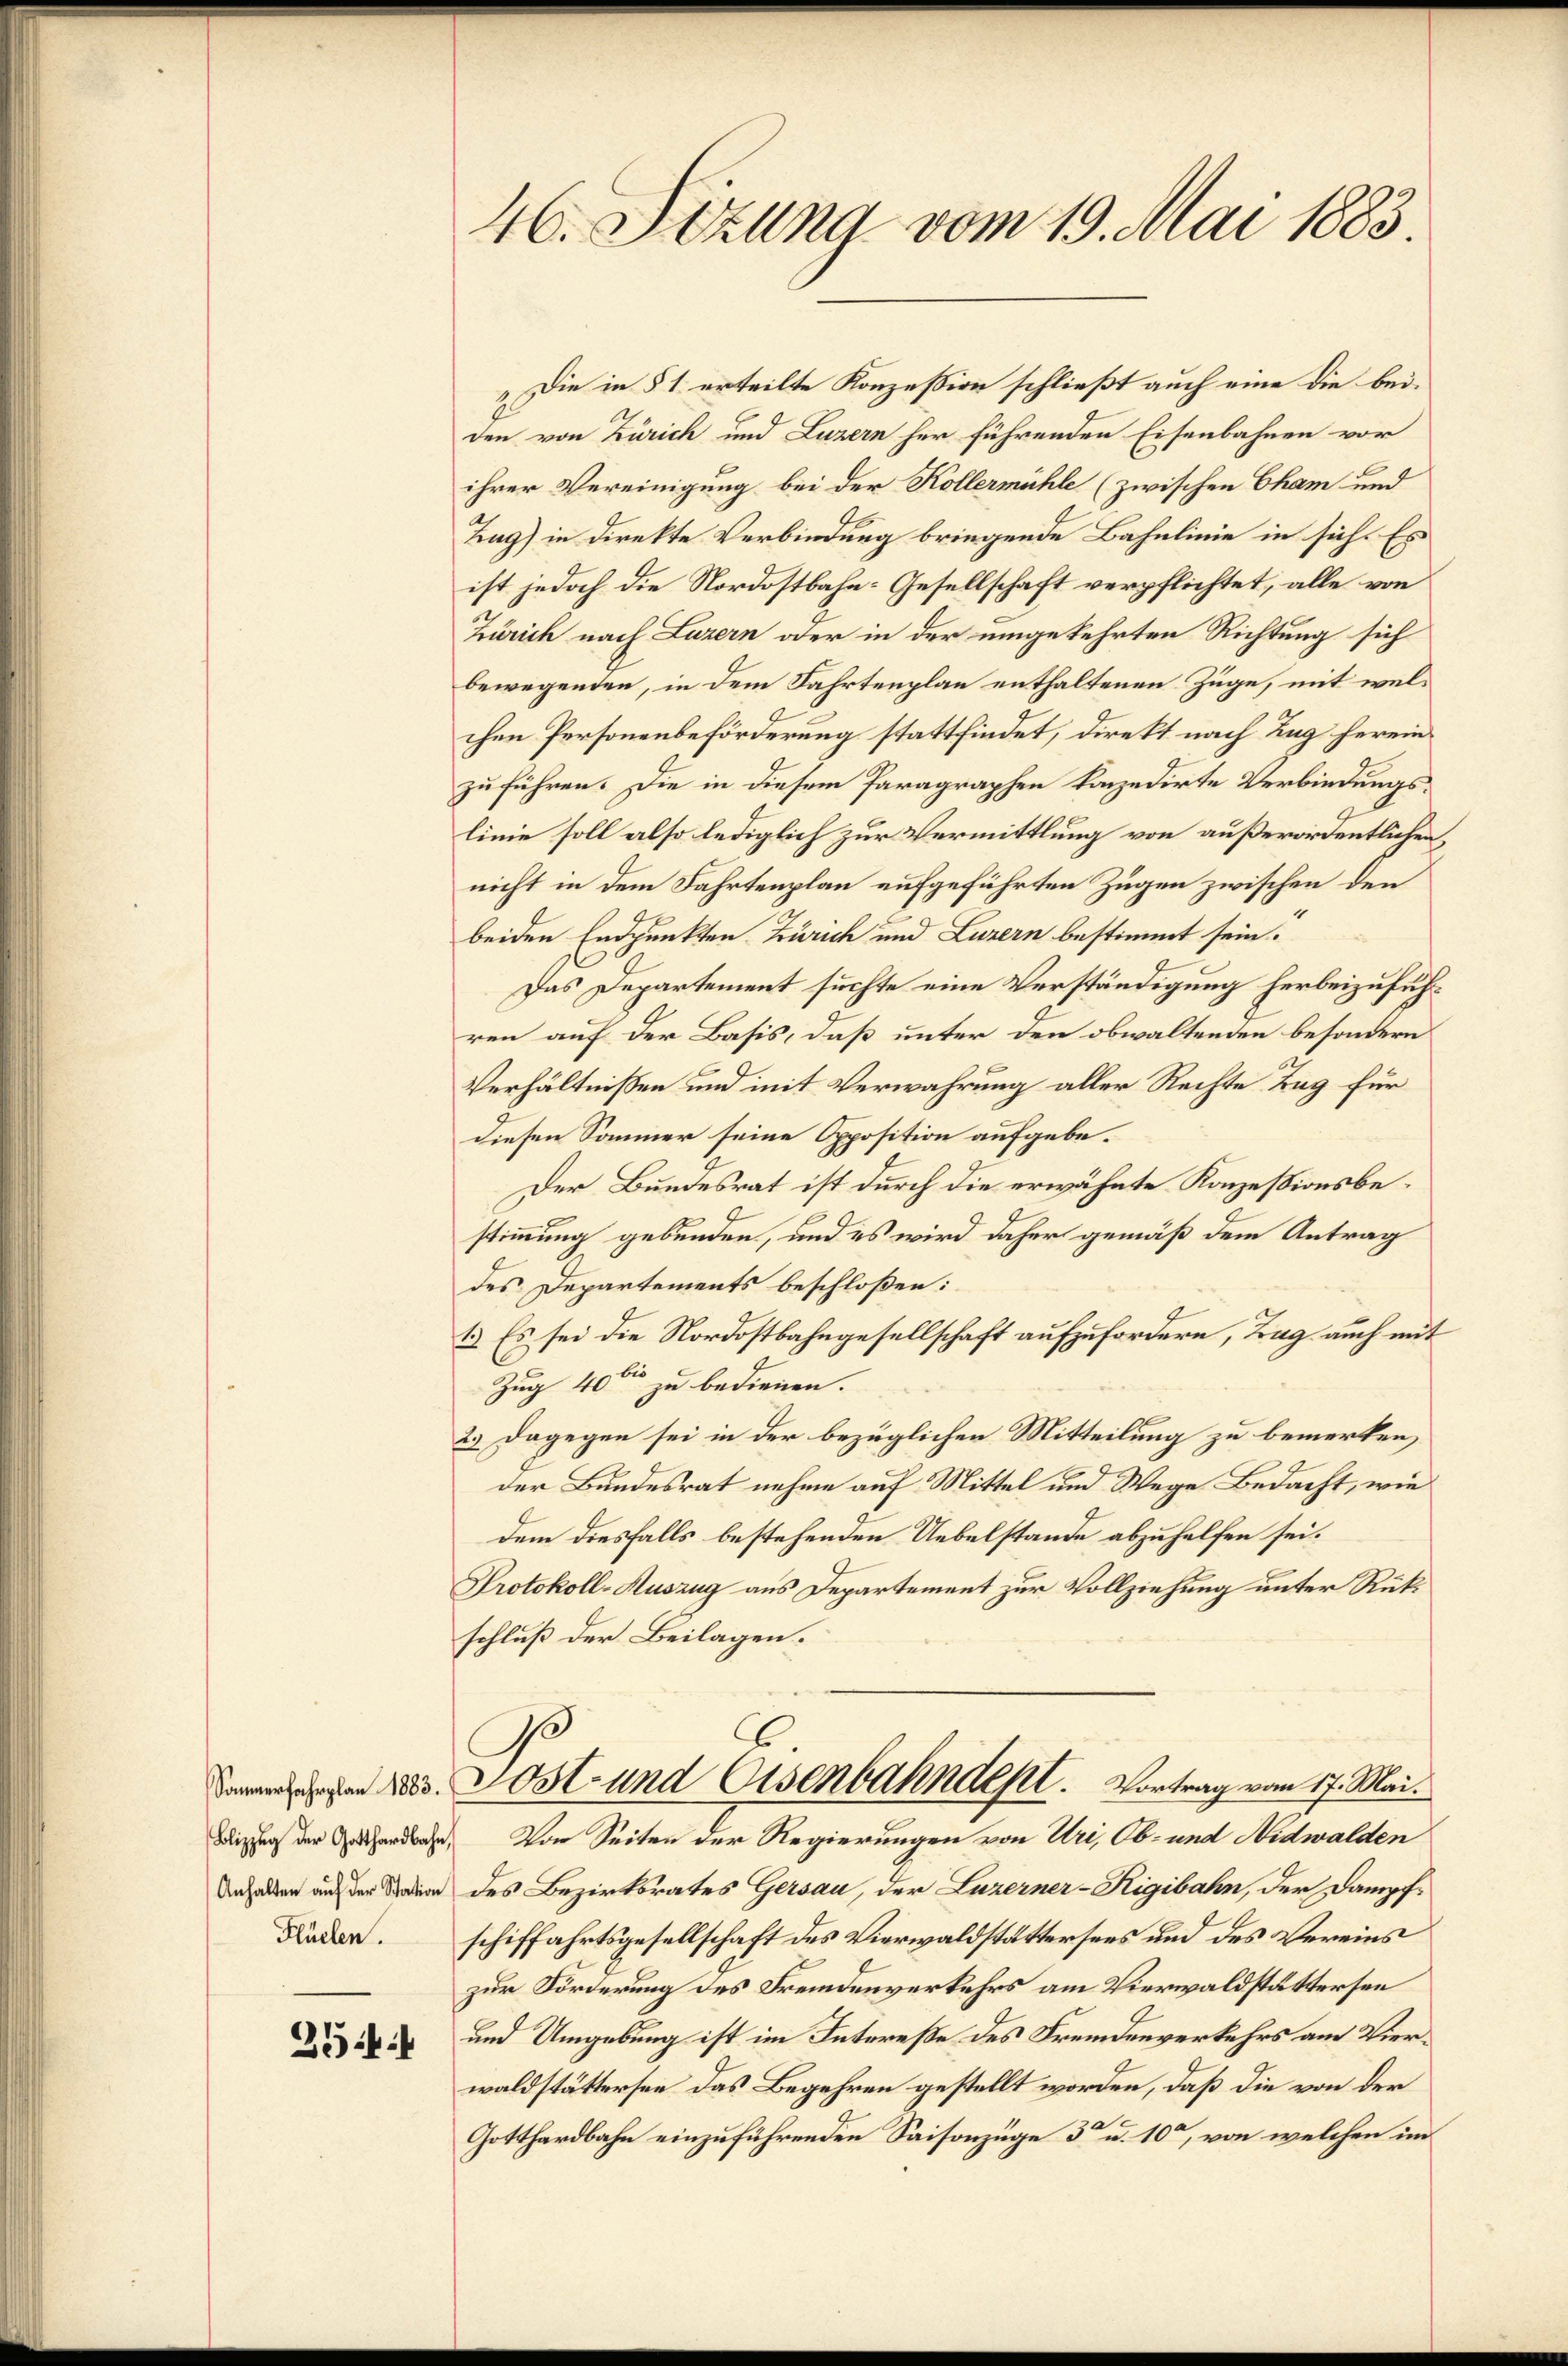
Flüelen.

25

46. Sezung vom 19. Mai 1883

„Die in § 1 erteilte Konzession schließt auch eine die bei.
den von Zürich und Luzern her führenden Eisenbahnen vor
ihrer Vereinigung bei der Kollermühle (zwischen Cham und
Tag) in direkte Verbindung bringende Bahnlinie in sich. Es
ist jedoch die Nordostbahn- Gesellschaft verpflichtet, alle von
Zürich nach Luzern oder in der umgekehrten Richtung sich
bewegenden, in dem Fahrtenplan enthaltenen Zuge, mit welchen Personenbeförderung stattfindet, direkt nach Tag herein
zu führen. Die in diesem Paragraphen konzedirte Verbindungslinie soll also lediglich zur Vermittlung von außerordentlichen,
nicht in dem Fahrtenplan aufgeführten Zügen zwischen den
beiden Endpunkten Zürich und Luzern bestimmt sein.
Das Departement suchte eine Verständigung herbeizuführen auf der Basis, daß unter den obwaltenden besondern
Verhältnissen und mit Verwahrung aller Rechte Tag für
diesen Sommer seine Opposition aufgebe¬
Der Bundesrat ist durch die erwähnte Konzessionsbestimmung gebunden, und es wird daher gemäß dem Antrag
des Departements beschloßen:
13.) Es sei die Nordostbahngesellschaft aufzufordern, Tag auch mit
Zug 40 ten zu bedienen.
23. Dagegen sei in der bezüglichen Mitteilung zu bemerken,
der Bundesrat nehme auf Mittel und Wege Bedacht, wie
dem diesfalls bestehenden Uebelstande abzuhelfen sei.
Protokoll-Auszug aus Departement zur Vollziehung unter Rükschluß der Beilagen.
Damenten d. Jost und Eisenbahndet. Vortrag vom 17. Mai.
Wizen der Garde. Von Seiten der Regierungen von Uri, Ob- und Nidwalden
Anhalten auf der Nation des Bezirksrates Gersau, der Luzerner-Rigibahn, der Dampf-
schiffahrtsgesellschaft des Vierwaldstättersees und des Vereins
zur Förderung des Fremdenverkehrs am Vierwaldstättersen
und Umgebung ist im Intereße des Fremdenverkehrs am Vierwaldstättersee das Begehren gestellt worden, daß die von der
Gotthardbahn einzuführenden Saisonzüge 3 u. 10, von welchen im